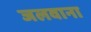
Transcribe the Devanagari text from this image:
जलवाना